Lunatic asylums in Bengal annual reports 1912-1924 - 1912-1924
Year: 1912
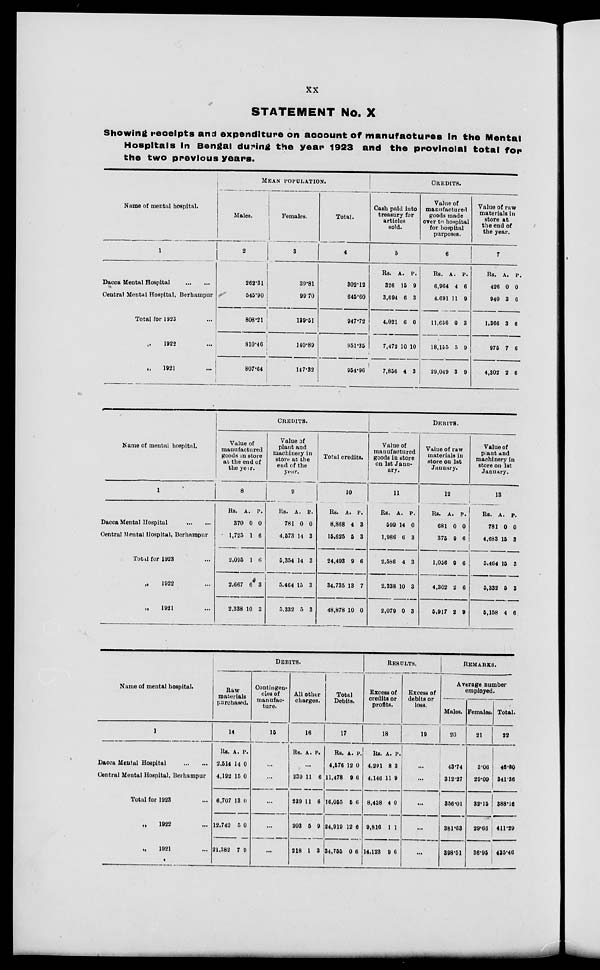
xx
STATEMENT No. X
Showing receipts and expenditure on account of manufactures In the Mental
Hospitals in Bengal during the year 1923 and the provincial total for
the two previous years.
Name of mental hospital.
1
Dacca Mental Hospital
...
...
Central Mental Hospital, Berhampur
Total for 1923 ...
„
1922 ...
„
1921 ...
MEAN POPULATION.
Males.
2
262.31
545.90
808.21
810.46
807.64
Females.
3
39.81
99.70
139.51
140.89
147.32
Total.
4
302.12
645.60
947.72
951.35
954.96
CREDITS.
Cash paid into
treasury for
articles
sold.
5
Rs.
326
3,694
4,021
7,472
7,856
A.
15
6
6
10
4
P.
9
3
0
10
3
Value of
manufactured
goods made
over to hospital
for hospital
purposes.
6
Rs.
6,964
4,691
11,656
18,155
29,049
A.
4
11
0
5
3
P.
6
9
3
9
9
Value of raw
materials in
store at
the end of
the year.
7
Rs.
426
940
1,366
975
4,302
A.
0
3
3
7
2
P.
0
6
6
6
6
Name of mental hospital.
1
Dacca Mental Hospital
...
...
Central Mental Hospital, Berhampur
Total for 1923 ...
„ 1922 ...
„
1921 ...
CREDITS.
Value of
manufactured
goods in store
at the end of
the year.
8
Rs.
370
1,725
2,095
2,667
2,338
A.
0
1
1
6
10
P.
0
6
6
3
3
Value of
plant and
machinery in
store at the
end of the
year.
9
Rs.
781
4,573
5,354
5,464
5,332
A.
0
14
14
15
5
P.
0
3
3
3
3
Total credits.
10
Rs.
8,868
15,625
24,493
34,735
48,878
A.
4
5
9
13
10
P.
3
3
6
7
0
DEBITS.
Value of
manufactured
goods in store
on 1st Janu-
ary.
11
Rs.
599
1,986
2,586
2,338
2,079
A.
14
6
4
10
0
P.
0
3
3
3
3
Value of raw
materials in
store on 1st
January.
12
Rs.
681
375
1,056
4,302
5,917
A.
0
9
9
2
2
P.
0
6
6
6
9
Value of
plant and
machinery in
store on 1st
January.
13
Rs.
781
4,683
5,464
5,332
5,158
A.
0
15
15
5
4
P.
0
3
3
3
6
Name of mental hospital.
1
Dacca Mental Hospital
...
...
Central Mental Hospital, Berhampur
Total for 1923 ...
„
1922 ...
„
1921 ...
DEBITS.
Raw
materials
purchased.
14
Rs.
2,514
4,192
6,707
12,740
21,382
A.
14
15
13
5
7
P.
0
0
0
0
9
Contingen-
cies of
manufac-
ture.
15
...
...
...
...
...
All other
charges.
16
Rs. A. P.
...
239
239
203
218
11
11
5
1
6
6
9
3
Total
Debits.
17
Rs.
4,576
11,478
16,055
24,919
34,755
A.
12
9
5
12
0
P.
0
6
6
6
6
RESULTS.
Excess of
credits or
profits.
18
Rs.
4,291
4,146
8,438
9,816
14,123
A.
8
11
4
1
9
P.
3
9
0
1
6
Excess of
debits or
loss.
19
...
...
...
...
...
REMARKS.
Average number
employed.
Males.
20
43.74
312.27
356.01
381.63
398.51
Females.
21
3.06
29.09
32.15
29.66
36.95
Total.
22
46.80
341.36
388.16
411.29
435.46